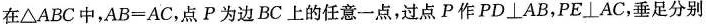
在△ABC中，$$A B =A C$$，点P为边BC上的任意一点，过点P作PD \bot AB，PE \bot AC，垂足分别